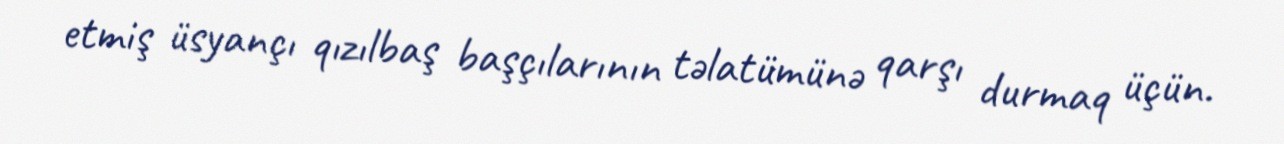
etmiş üsyançı qızılbaş başçılarının təlatümünə qarşı durmaq üçün.